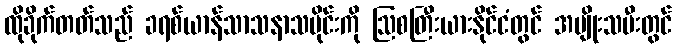
ထိုခိုက်တတ်သည် ခရစ်ယာန်သာသနာသမိုင်းကို ဩစတြီးယားနိုင်ငံတွင် အမျိုးသမီးတွင်